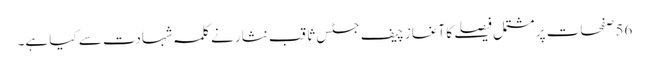
56 صفحات پر مشتمل فیصلے کا آغاز چیف جسٹس ثاقب نثار نے کلمہ شہادت سے کیا ہے۔